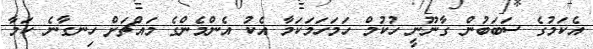
އެކަމުގެ ސަބަބުން ގާނޫނީ ހުކުމް ހަމަހަމަކަމާ އެކު އެންމެންގެ މައްޗަށް ހިނގާނެ ކަމާ